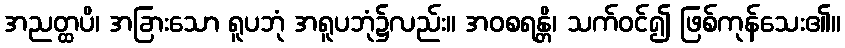
အညတ္ထပိ၊ အခြားသော ရူပဘုံ အရူပဘုံ၌လည်း။ အဝစရန္တိ၊ သက်ဝင်၍ ဖြစ်ကုန်သေး၏။